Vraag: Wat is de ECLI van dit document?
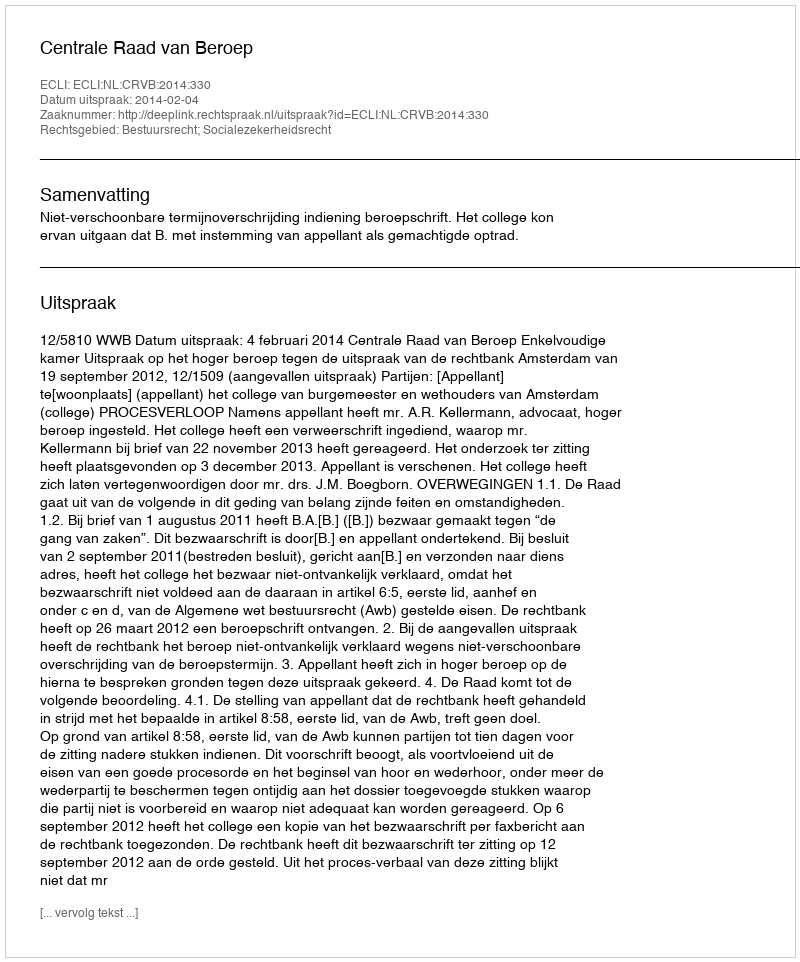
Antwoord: ECLI:NL:CRVB:2014:330